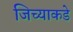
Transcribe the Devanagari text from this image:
जिच्याकडे